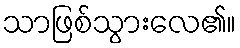
သာဖြစ်သွားလေ၏။